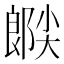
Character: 𫵉